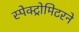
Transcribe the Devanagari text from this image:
स्पेक्ट्रोमिटरने